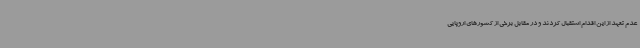
عدم تعهد از این اقدام استقبال کردند و در مقابل برخی از کشورهای اروپایی